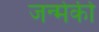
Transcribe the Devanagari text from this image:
जन्मेकी